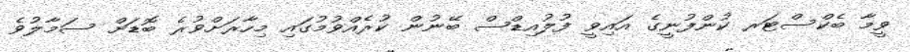
ވީމާ ބެކްސްޓަރ ކުންފުނީގެ އައިވީ ފުލުއިޑްސް ބޭނުން ކުރެއްވުމުގައި މިހާރަށްވުރެ ބޮޑަށް ސަމާލުވެ